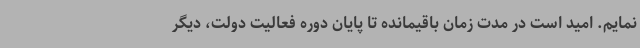
نمایم. امید است در مدت زمان باقیمانده تا پایان دوره فعالیت دولت، دیگر